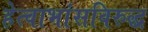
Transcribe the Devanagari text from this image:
हेत्वाभांसविरुद्ध